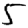
Digit: 5